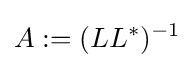
A:=(LL^{*})^{-1}